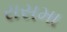
રાસમા